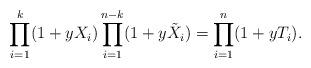
LaTeX: \begin{align*} \prod_{i=1}^k (1+ yX_i) \prod_{i=1}^{n-k} (1+y \tilde{X}_i) = \prod_{i=1}^{n} (1+y T_i)\/. \end{align*}